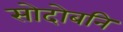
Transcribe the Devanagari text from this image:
सोदोबनि